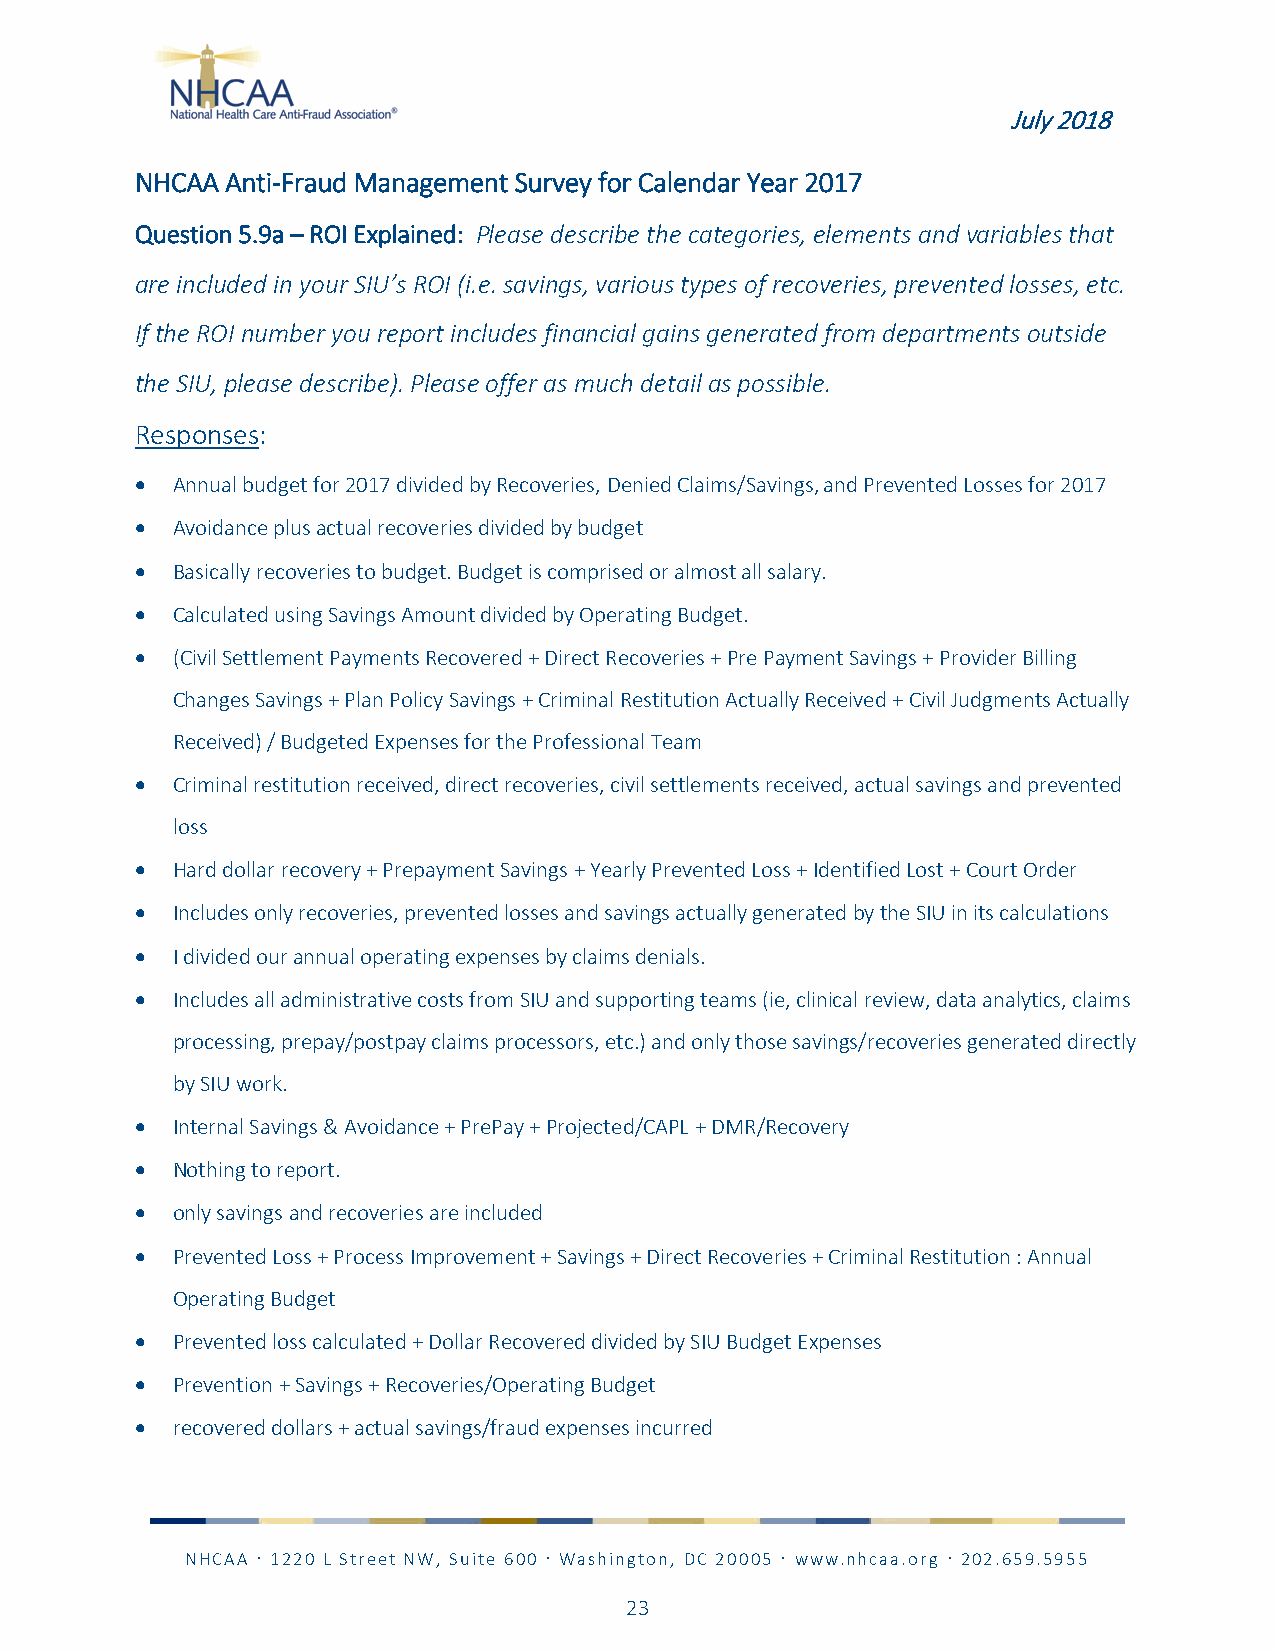
July 2018
 NHCAA Anti-Fraud Management Survey for Calendar Year 2017
 Question 5.9a – ROI Explained: Please describe the categories, elements and variables that
 are included in your SIU’s ROI (i.e. savings, various types of recoveries, prevented losses, etc.
 If the ROI number you report includes financial gains generated from departments outside
 the SIU, please describe). Please offer as much detail as possible.
 Responses:
 • Annual budget for 2017 divided by Recoveries, Denied Claims/Savings, and Prevented Losses for 2017
 • Avoidance plus actual recoveries divided by budget
 • Basically recoveries to budget. Budget is comprised or almost all salary.
 • Calculated using Savings Amount divided by Operating Budget.
 • (Civil Settlement Payments Recovered + Direct Recoveries + Pre Payment Savings + Provider Billing
 Changes Savings + Plan Policy Savings + Criminal Restitution Actually Received + Civil Judgments Actually
 Received) / Budgeted Expenses for the Professional Team
 • Criminal restitution received, direct recoveries, civil settlements received, actual savings and prevented
 loss
 • Hard dollar recovery + Prepayment Savings + Yearly Prevented Loss + Identified Lost + Court Order
 • Includes only recoveries, prevented losses and savings actually generated by the SIU in its calculations
 • I divided our annual operating expenses by claims denials.
 • Includes all administrative costs from SIU and supporting teams (ie, clinical review, data analytics, claims
 processing, prepay/postpay claims processors, etc.) and only those savings/recoveries generated directly
 by SIU work.
 • Internal Savings & Avoidance + PrePay + Projected/CAPL + DMR/Recovery
 • Nothing to report.
 • only savings and recoveries are included
 • Prevented Loss + Process Improvement + Savings + Direct Recoveries + Criminal Restitution : Annual
 Operating Budget
 • Prevented loss calculated + Dollar Recovered divided by SIU Budget Expenses
 • Prevention + Savings + Recoveries/Operating Budget
 • recovered dollars + actual savings/fraud expenses incurred
 NHCAA  1220 L Street NW, Suite 600  Washington, DC 20005  www.nhcaa.org  202.659.5955
 23